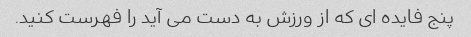
پنج فایده ای که از ورزش به دست می آید را فهرست کنید.